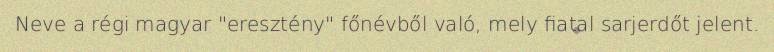
Neve a régi magyar "eresztény" főnévből való, mely fiatal sarjerdőt jelent.